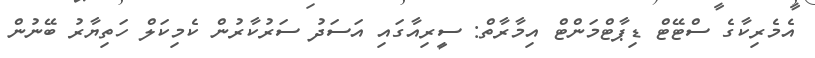
އެމެރިކާގެ ސްޓޭޓް ޑިޕާޓްމަންޓް އިމާރާތް: ސީރިއާގައި އަސަދު ސަރުކާރުން ކެމިކަލް ހަތިޔާރު ބޭނުން